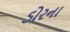
ડોરના